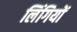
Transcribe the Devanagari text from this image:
लिंगियों